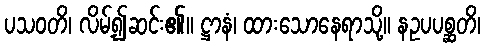
ပသဝတိ၊ လိမ့်၍ဆင်း၏။ ဋ္ဌာနံ၊ ထားသောနေရာသို့။ နဥပပစ္ဆတိ၊